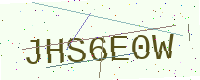
Text: JHS6E0W